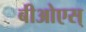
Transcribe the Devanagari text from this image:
बीओएस्